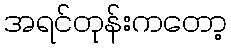
အရင်တုန်းကတော့